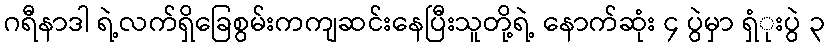
ဂရီနာဒါ ရဲ့လက်ရှိခြေစွမ်းကကျဆင်းနေပြီးသူတို့ရဲ့ နောက်ဆုံး ၄ ပွဲမှာ ရှံုးပွဲ ၃